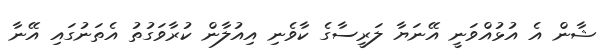
ޝާން އެ އުޅުއްވަނީ އޭނަޔާ ލަރީސާގެ ކާވެނި އިއުލާން ކުރާވަގުތު އެތަނުގައި އޭނާ